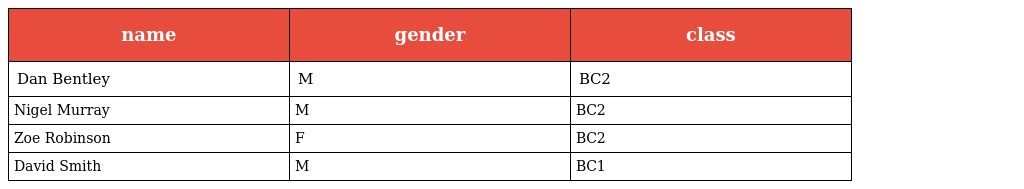
| name | gender | class |
 | --- | --- | --- |
 | Dan Bentley | M | BC2 |
 | Nigel Murray | M | BC2 |
 | Zoe Robinson | F | BC2 |
 | David Smith | M | BC1 |